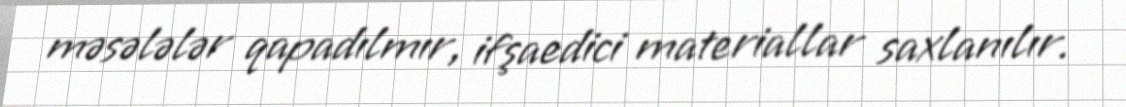
məsələlər qapadılmır, ifşaedici materiallar saxlanılır.